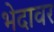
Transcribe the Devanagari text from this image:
भेदावर